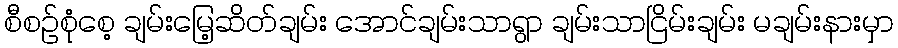
စီစဉ်စုံစေ့ ချမ်းမြေ့ဆိတ်ချမ်း အောင်ချမ်းသာရွာ ချမ်းသာငြိမ်းချမ်း မချမ်းနားမှာ